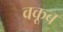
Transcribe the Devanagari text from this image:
वकूब